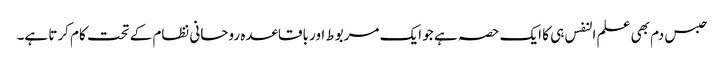
حبس دم بھی علم النفس ہی کا ایک حصہ ہے جو ایک مربوط اور باقاعدہ روحانی نظام کے تحت کام کرتا ہے۔